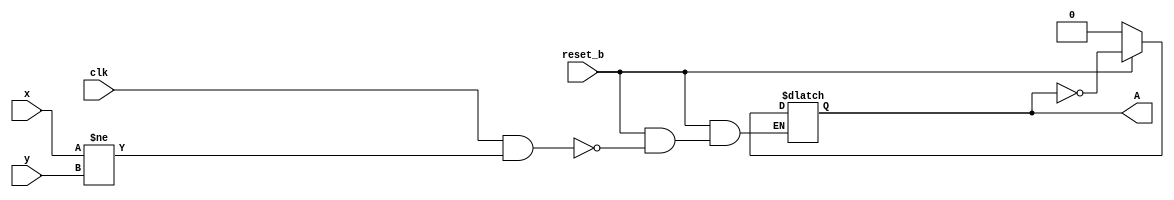
module OddFunction (A, x, y, clk, reset_b);

output reg A;
input x, y, clk, reset_b;

always @(x, y, clk, reset_b)
begin
if (reset_b == 0) A = 0;
else if (clk == 1 && x != y) A = !A;
end

endmodule